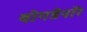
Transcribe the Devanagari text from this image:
बोगडेनॉर